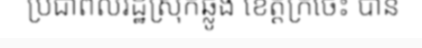
ប្រជាពលរដ្ឋស្រុកឆ្លូង ខេត្តក្រចេះ បាន